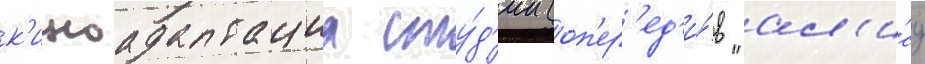
к'иноадаптациа сту́д'ии (оп'ер'ед'и́в "ал'и́су